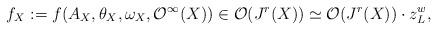
LaTeX: \begin{align*} f_X:=f(A_X,\theta_X,\omega_X, \mathcal O^{\infty}(X))\in \mathcal O(J^r(X))\simeq \mathcal O(J^r(X))\cdot z_L^w,\end{align*}